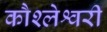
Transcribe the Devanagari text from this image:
कौश्लेश्वरी